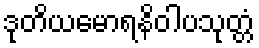
ဒုတိယမောရနိဝါပသုတ္တံ